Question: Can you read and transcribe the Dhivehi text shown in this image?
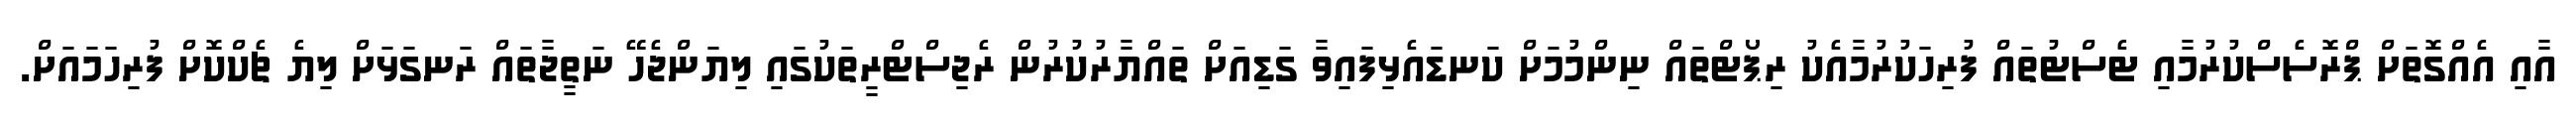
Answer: އާއި އެއްގޮތަށް ޕްރޮސެސްކުރުމާއި ޓެސްޓުތައް ފުރިހަކުރުމާއެކު ރިޕޯޓްތައް ނިންމުމަށް ކަނޑައެޅިފައިވާ ގަޑިއަށް ތައްޔާރުކުރުން ރެޖިސްޓްރީތަކުގައި ލިޔަންޖެހޭ ނަތީޖާތައް ރަނގަޅަށް ލިޔެ ޗެކްކޮށް ފުރިހަމައަށް.